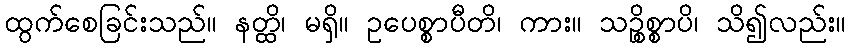
ထွက်စေခြင်းသည်။ နတ္ထိ၊ မရှိ။ ဥပေစ္စာပီတိ၊ ကား။ သဉ္စိစ္စာပိ၊ သိ၍လည်း။